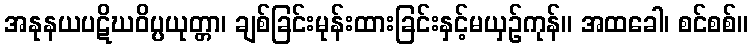
အနုနယပဋိဃဝိပ္ပယုတ္တာ၊ ချစ်ခြင်းမုန်းထားခြင်းနှင့်မယှဉ်ကုန်။ အထခေါ၊ စင်စစ်။